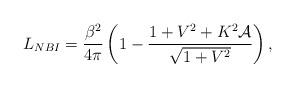
LaTeX: \begin{align*}L_{NBI}=\frac{\beta^2}{4\pi}\left(1-\frac{1+V^2+K^2\mathcal{A}}{\sqrt{1+V^2}}\right),\end{align*}